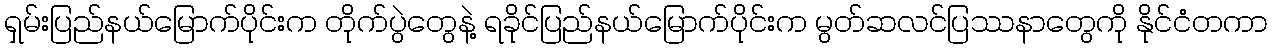
ရှမ်းပြည်နယ်မြောက်ပိုင်းက တိုက်ပွဲတွေနဲ့ ရခိုင်ပြည်နယ်မြောက်ပိုင်းက မွတ်ဆလင်ပြဿနာတွေကို နိုင်ငံတကာ